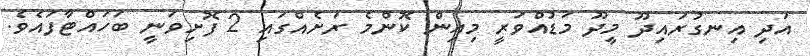
އަދި އިނގުރައިދޫ މީދޫ މަޑުއްވަރީ މިއިން ކޮންމެ ރަށެއްގައި 2 ފޮށިވަނީ ބަހައްޓާފައެވެ.